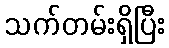
သက်တမ်းရှိပြီး